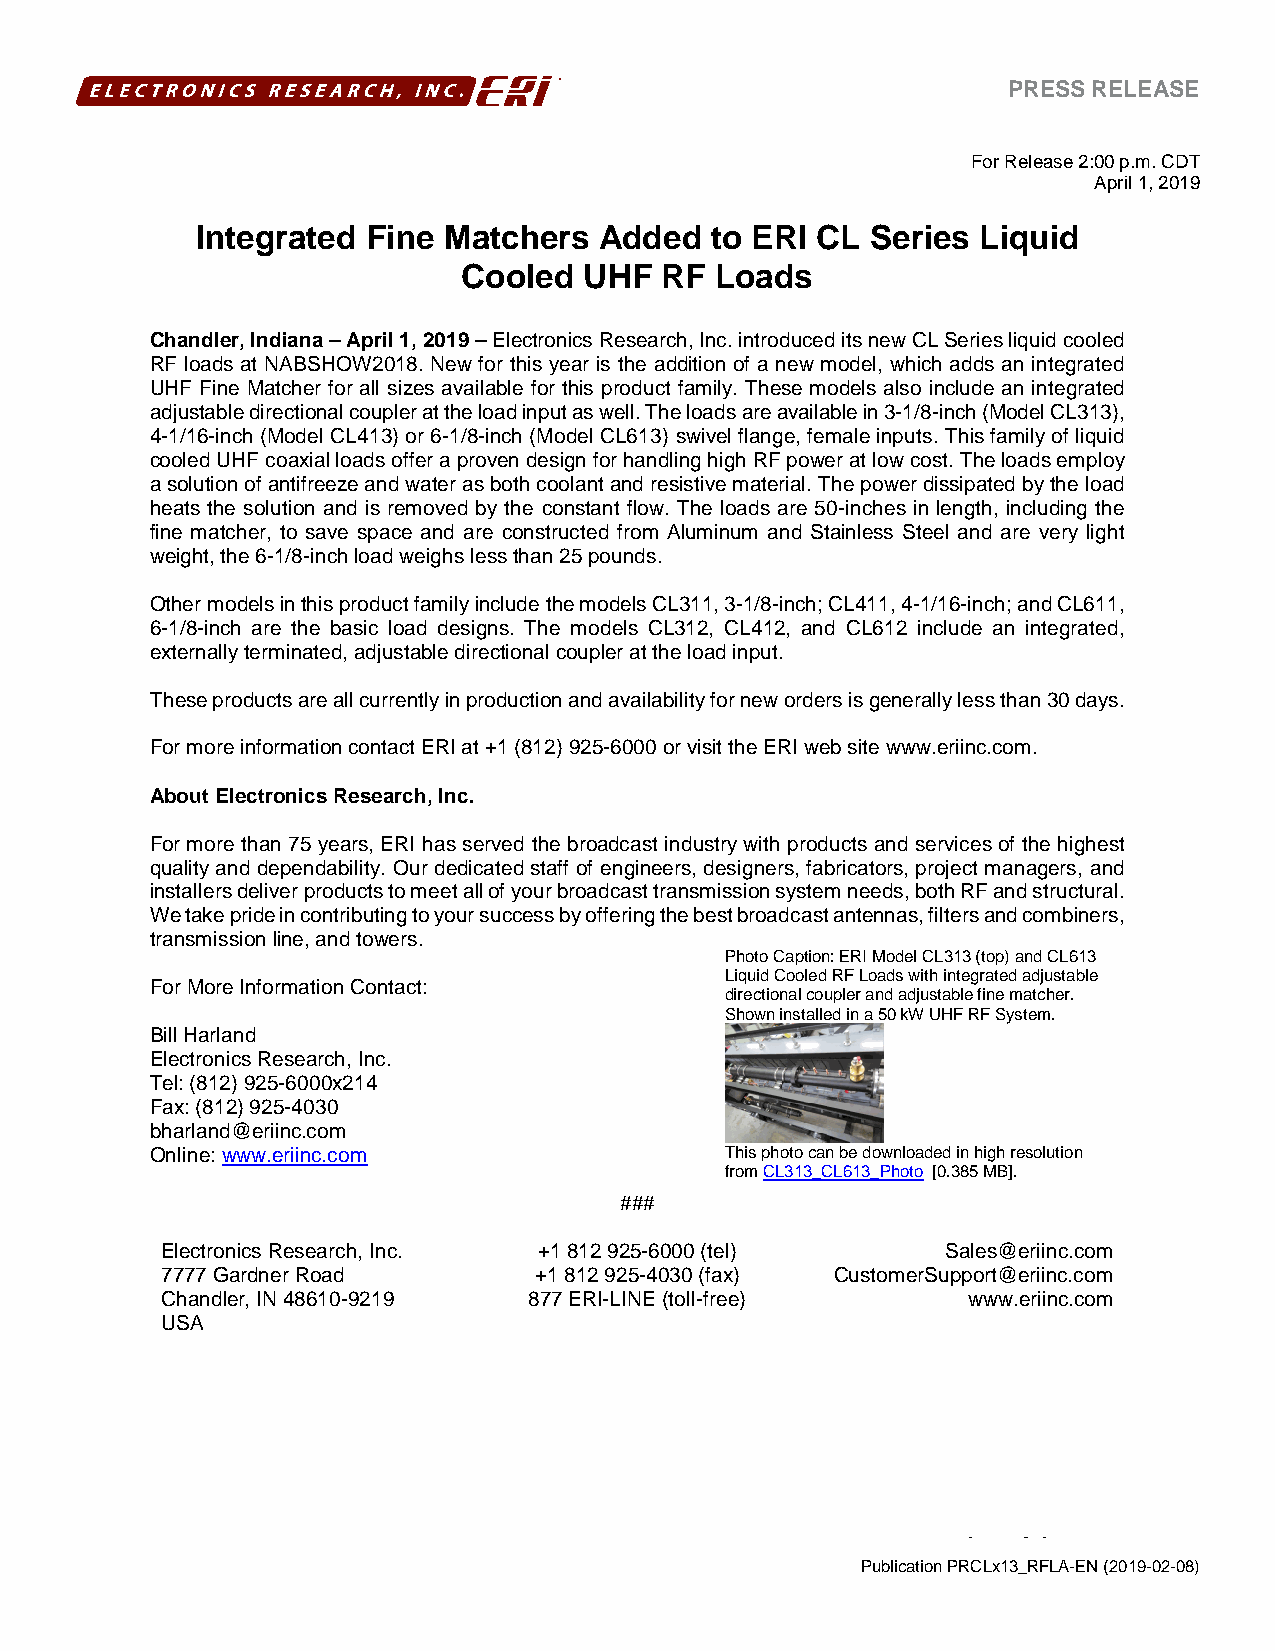
PRESS RELEASE
 For Release 2:00 p.m. CDT
 April 1, 2019
 Integrated Fine Matchers   Added  to ERI CL  Series Liquid
 Cooled  UHF  RF Loads
 Chandler, Indiana – April 1, 2019 – Electronics Research, Inc. introduced its new CL Series liquid cooled
 RF loads at NABSHOW2018. New for this year is the addition of a new model, which adds an integrated
 UHF Fine Matcher for all sizes available for this product family. These models also include an integrated
 adjustable directional coupler at the load input as well. The loads are available in 3-1/8-inch (Model CL313),
 4-1/16-inch (Model CL413) or 6-1/8-inch (Model CL613) swivel flange, female inputs. This family of liquid
 cooled UHF coaxial loads offer a proven design for handling high RF power at low cost. The loads employ
 a solution of antifreeze and water as both coolant and resistive material. The power dissipated by the load
 heats the solution and is removed by the constant flow. The loads are 50-inches in length, including the
 fine matcher, to save space and are constructed from Aluminum and Stainless Steel and are very light
 weight, the 6-1/8-inch load weighs less than 25 pounds.
 Other models in this product family include the models CL311, 3-1/8-inch; CL411, 4-1/16-inch; and CL611,
 6-1/8-inch are the basic load designs. The models CL312, CL412, and CL612 include an integrated,
 externally terminated, adjustable directional coupler at the load input.
 These products are all currently in production and availability for new orders is generally less than 30 days.
 For more information contact ERI at +1 (812) 925-6000 or visit the ERI web site www.eriinc.com.
 About Electronics Research, Inc.
 For more than 75 years, ERI has served the broadcast industry with products and services of the highest
 quality and dependability. Our dedicated staff of engineers, designers, fabricators, project managers, and
 installers deliver products to meet all of your broadcast transmission system needs, both RF and structural.
 We take pride in contributing to your success by offering the best broadcast antennas, filters and combiners,
 transmission line, and towers.
 Photo Caption: ERI Model CL313 (top) and CL613
 Liquid Cooled RF Loads with integrated adjustable
 For More Information Contact:
 directional coupler and adjustable fine matcher.
 Shown installed in a 50 kW UHF RF System.
 Bill Harland
 Electronics Research, Inc.
 Tel: (812) 925-6000x214
 Fax: (812) 925-4030
 bharland@eriinc.com
 Online: www.eriinc.com                This photo can be downloaded in high resolution
 from CL313_CL613_Photo [0.385 MB].
 ###
 Electronics Research, Inc. +1 812 925-6000 (tel)    Sales@eriinc.com
 7777 Gardner Road       +1 812 925-4030 (fax) CustomerSupport@eriinc.com
 Chandler, IN 48610-9219 877 ERI-LINE (toll-free)     www.eriinc.com
 USA
 Publication PRCLx13_RFLA-EN (2019-02-08)